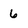
Character: 6